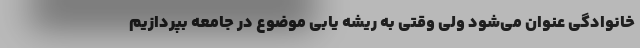
خانوادگی عنوان می‌شود ولی وقتی به ریشه یابی موضوع در جامعه بپردازیم